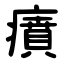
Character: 㿎